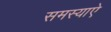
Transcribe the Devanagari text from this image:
समस्याऐ